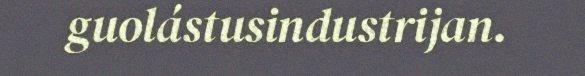
guolástusindustrijan.